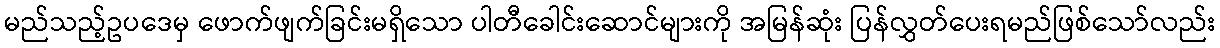
မည်သည့်ဥပဒေမှ ဖောက်ဖျက်ခြင်းမရှိသော ပါတီခေါင်းဆောင်များကို အမြန်ဆုံး ပြန်လွှတ်ပေးရမည်ဖြစ်သော်လည်း